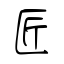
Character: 匠